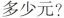
多少元?